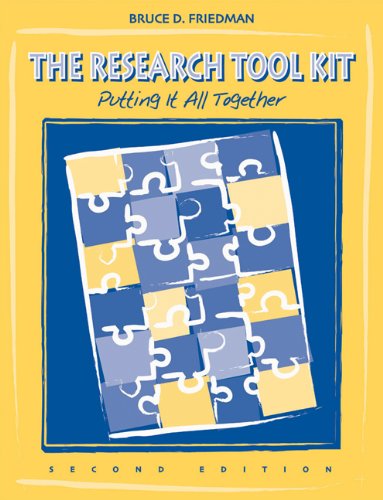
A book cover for The Research Tool Kit: Putting it All Together (Social Work Research Methods / Writing / Evaluation); Bruce D. Friedman; Medical Books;